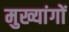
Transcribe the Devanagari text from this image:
मुख्यांगों